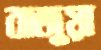
বাজুয়া